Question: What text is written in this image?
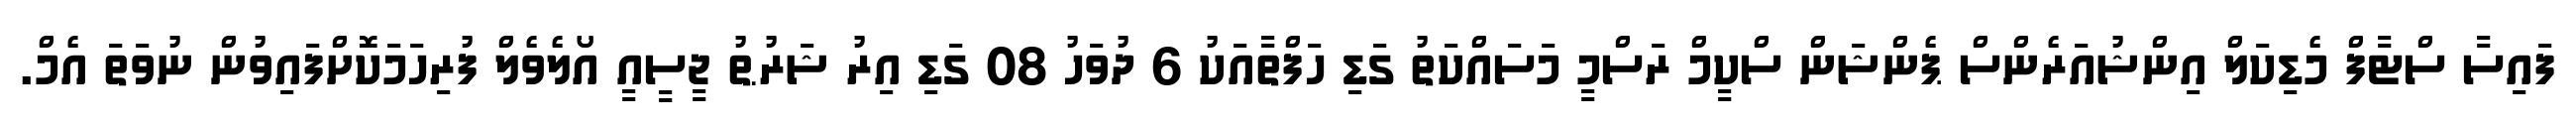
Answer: ފައިސާ ސްޓާފް މެޑިކަލް އިންޝުއަރެންސް ޕެންޝަން ސްކީމް ރަސްމީ މަސައްކަތު ގަޑި ހަފްތާއަކު 6 ދުވަހު 08 ގަޑި އިރު ޝަރުޠު ޖީސީއީ އޯލެވެލް ފުރިހަމަކޮށްފައިވުން ނުވަތަ އެމް.